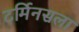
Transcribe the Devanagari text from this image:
टर्मिनसला